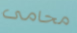
محامى